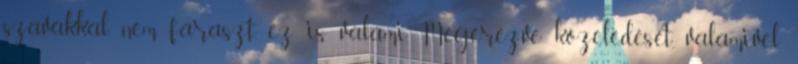
szavakkal nem fáraszt, ez is valami. Megérezve közeledését, valamivel